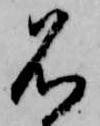
名